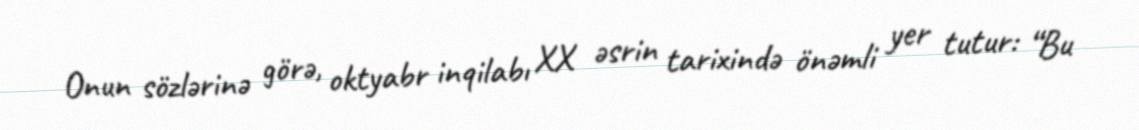
Onun sözlərinə görə, oktyabr inqilabı XX əsrin tarixində önəmli yer tutur: “Bu